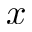
x